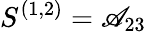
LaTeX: S^{(1,2)}=\mathscr{A}_{23}